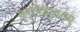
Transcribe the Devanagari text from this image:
मृत्तीकावरण